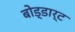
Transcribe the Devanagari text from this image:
बोड्डार्ट